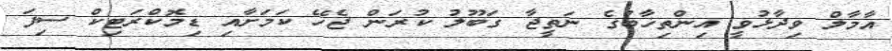
އާމާލް ވިދާޅުވީ އިންތިޚާބުގެ ނަތީޖާ ގަބޫލު ކުރަން ޖެހޭ ކަމަށާއި ޑިމޮކްރަޓިކް ސިފަ